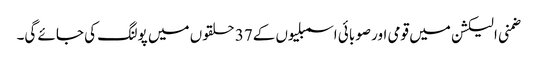
ضمنی الیکشن میں قومی اور صوبائی اسمبلیوں کے37 حلقوں میں پولنگ کی جائے گی۔